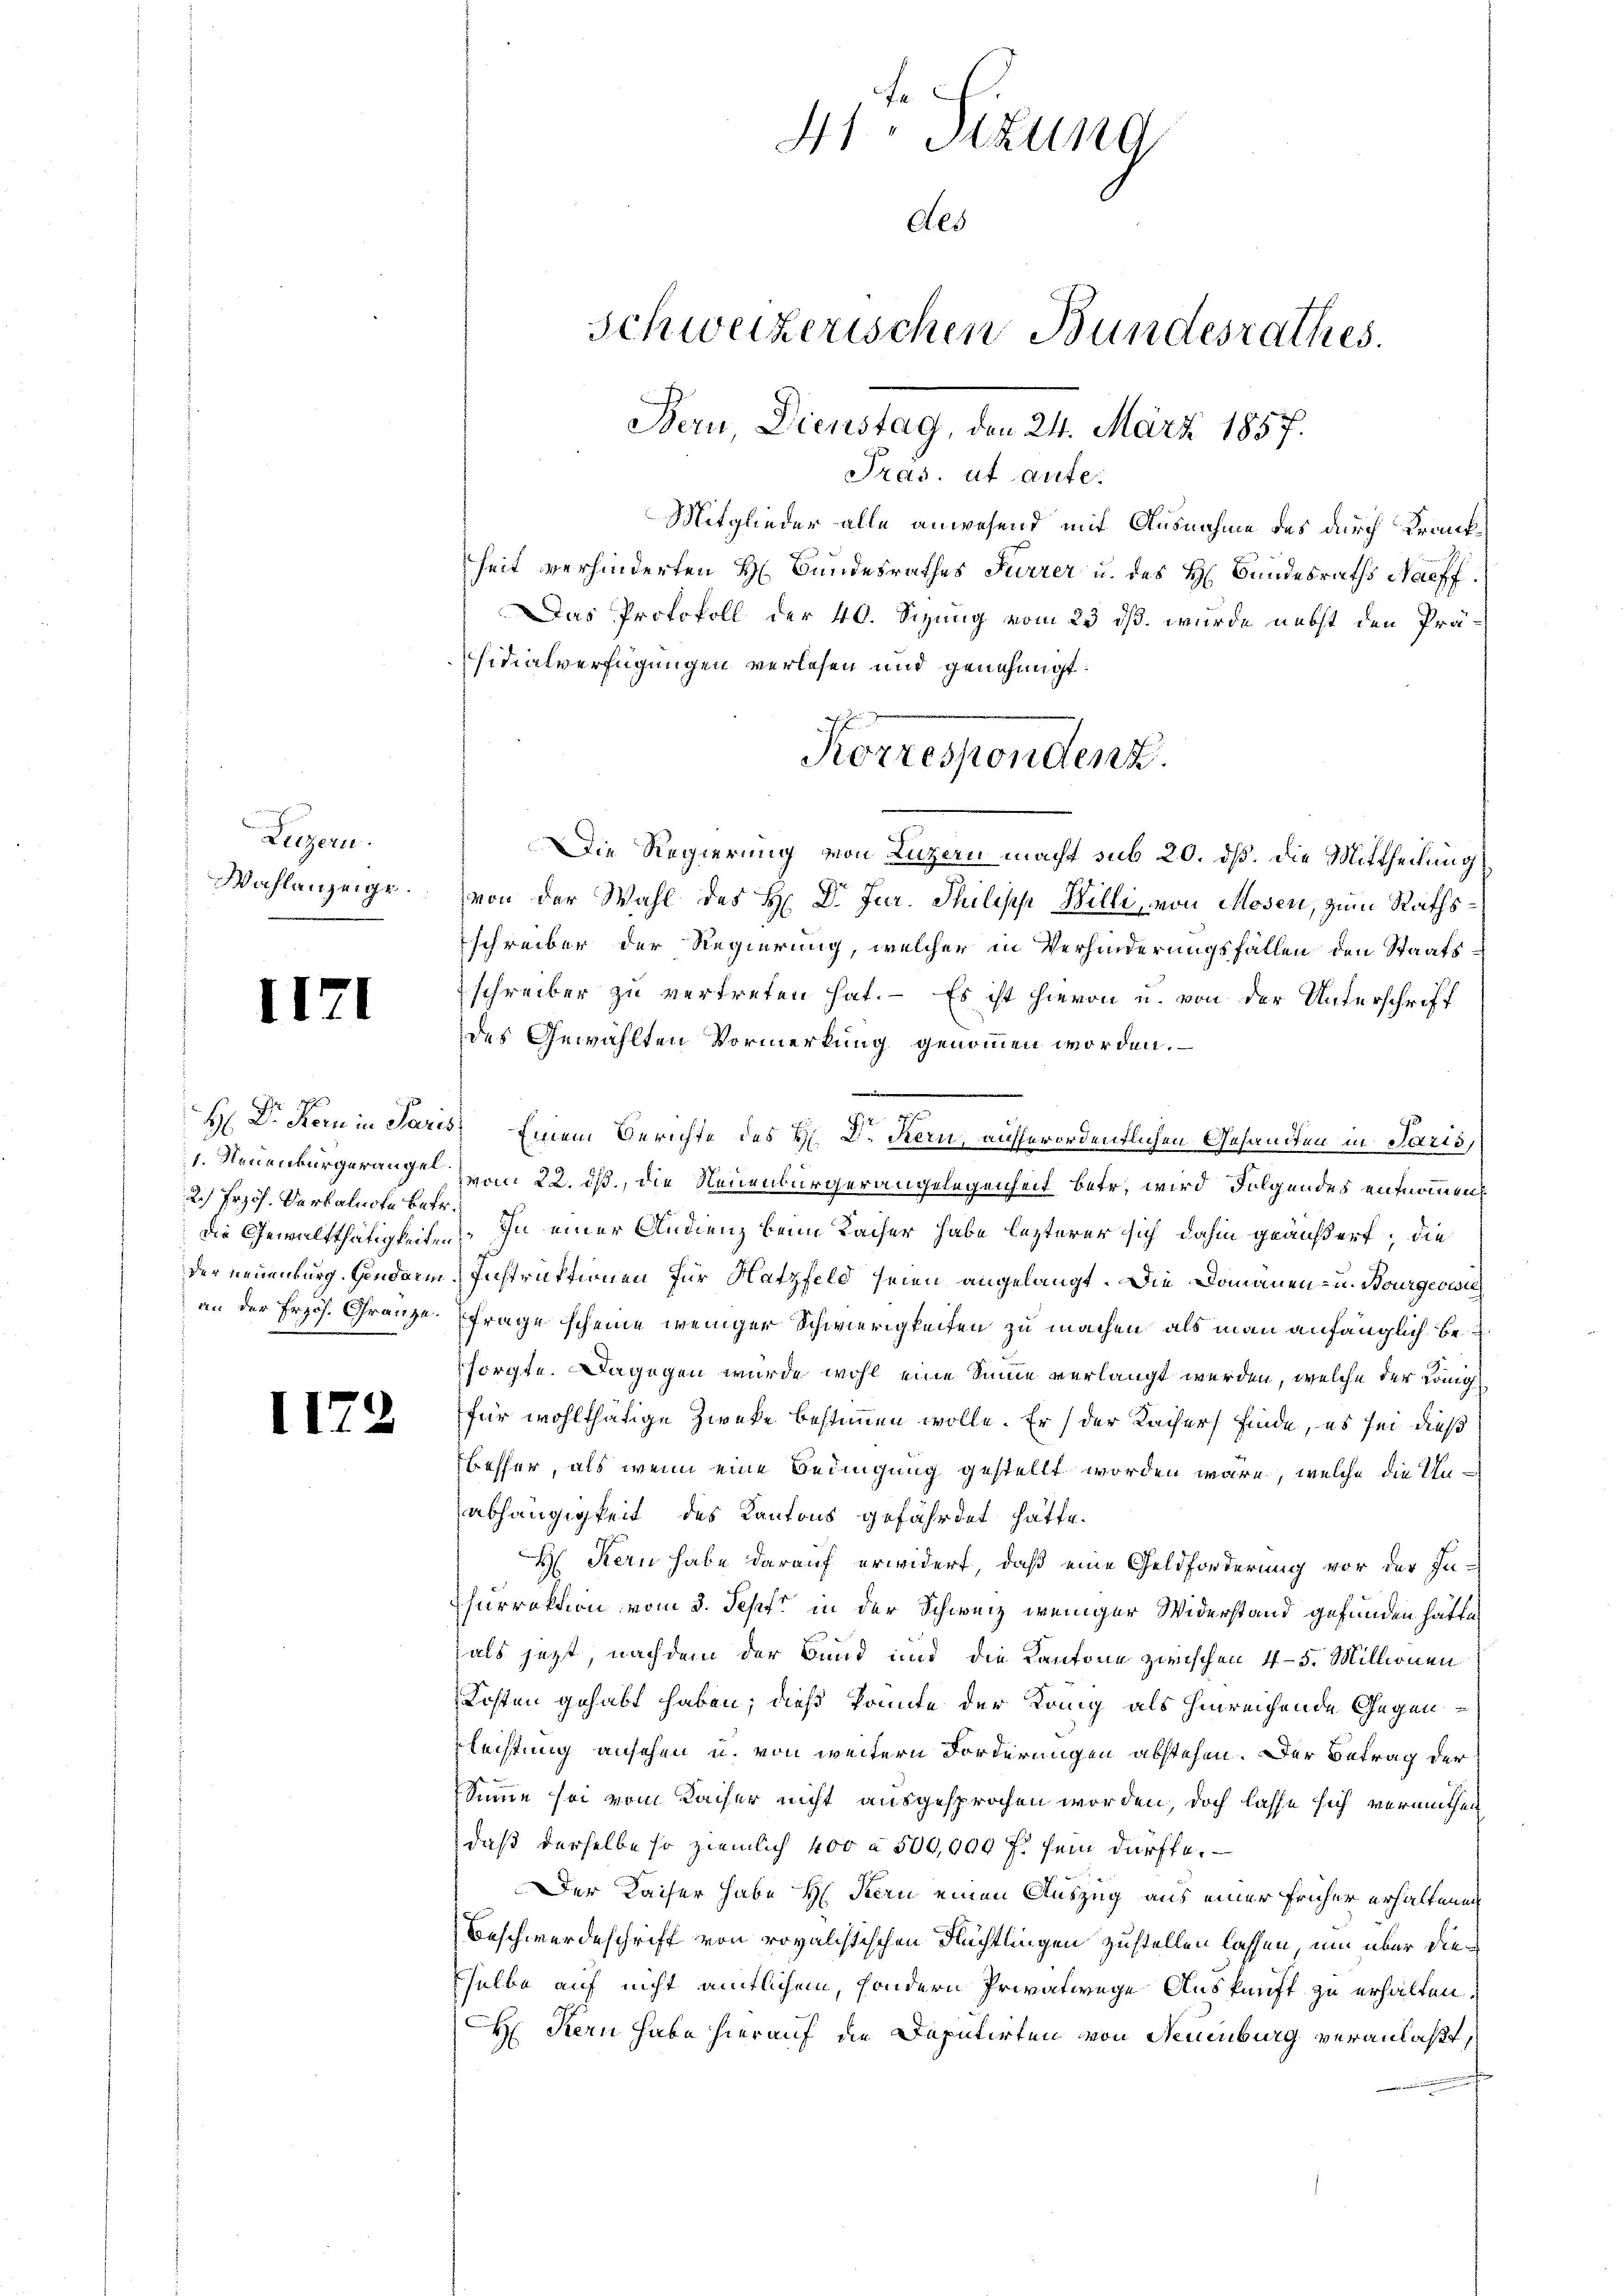
Luzern.
Wahlanzeige

II

II.

2.) Prof. Verkalnote betr.

t

.

41. Sizung
Schweizerischen Bundesrathes.
Bern Dienstag, den 24. März 1857.
Pras, ut aute.
Mitglieder alle anwesend mit Ausnahme des durch Krank¬

heit verhinderten H. Bundesrathes Furrer u. des H. Bundesraths Nachf
Das Protokoll der 40. Sizung vom 23 dß wurde nebst den Präsidialverfügungen verlesen und genehmigt.
Die Regierung von Luzern macht sub 20. dß. Die Mittheilung
von der Wahl des H. Dr Jur. Philische Billi, von Mosen, zum Rathsschreiber der Regierung, welcher in Verhinderungsfallen den Staatsschreiber zu vertreten hat. – Es ist hievon u. von der Unterschrift
des Gewählten Vormerkung genommen worden.
H. Dr. Stern in Paris, Einem Berichte des H. Dr Kern, aufferordentlichen Gesandten in Paris,
. Neuenburgerungen vom 22. ds., die Neuenbürgerangelegenheit betr. wird Folgendes entnommen
die Gewaltthätigkeiten. In einer Audienz beim Kaiser habe lezterer sich dahin geäußert, die
der neuenburg. Gendarm-Instruktionen für Natzfeld seien angelangt. Die Domänen- u. Bourgerwi
an der Frzös. Gränze. Frage scheine weniger Schwierigkeiten zu machen, als man anfänglich besorgte. Dagegen wurde wohl eine Sinne verlangt werden, welche der Königl.
für wohlthätige Zwecke bestimmen wolle. Er der Kacher finde, es sei dieß
Besser, als wenn eine Bedingung gestellt worden wäre, welche die Unabhängigkeit des Kantons gefährdet hätte.
H Kern habe darauf erwidert, daß eine Geldforderung vor der In-
Furrektion vom 3. Sept in der Schweiz weniger Widerstand gefunden hätte,
als jetzt, nachdem der Bund und die Kantone zwischen 45. Millionen
Kosten gehabt haben; dieß könnte der König als hinreichende Gegenlechtung ansehen u. von weitern Forderungen abstehen. Der Betrag der
Sinne sei vom Kaiser nicht ausgesprochen worden, doch lasse sich vermuthen
daß derselbe so ziemlich 400 à 500,000 f. sein dürfte.
Der Kaiser habe H. Kern einen Auszug aus einer früher erhaltenen
Beschwerdeschrift von rovalchtischen Flüchtlingen zustellen lassen, um über dieselbe auf nicht amtlichem, sondern Privatwege Auskunft zu erhalten.
HH. Kern habe hierauf die Deputirten von Neuenburg veranlaßt,

Korrespondenz.

Als